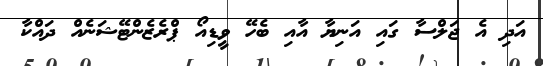
އަދި އެ ޖަލްސާ ގައި އަނިޔާ އާއި ބެހޭ ވީޑިއޯ ޕްރެޒެންޓޭޝަނެއް ދައްކާ